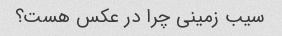
سیب زمینی چرا در عکس هست؟